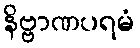
နိဗ္ဗာဏပရမံ